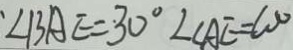
\angle B A E = \cdot 3 0 ^ { \circ } \angle C A E = 6 0 ^ { \circ }